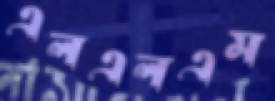
এলএলএম